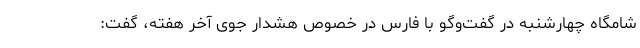
شامگاه چهارشنبه در گفت‌وگو با فارس در خصوص هشدار جوی آخر هفته، گفت: